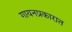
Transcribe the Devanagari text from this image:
गायनप्रकारात